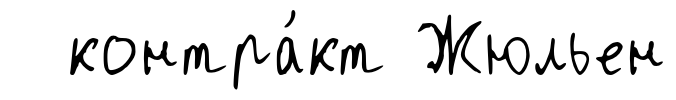
контра́кт Жюльен